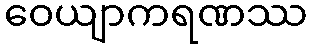
ဝေယျာကရဏဿ